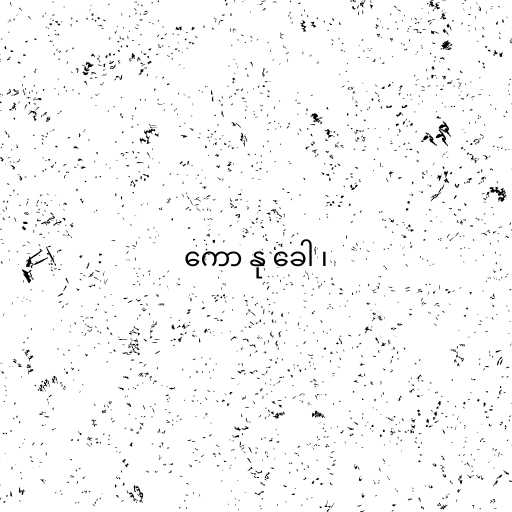
ကော နု ခေါ ၊